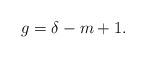
LaTeX: \begin{align*}g = \delta-m+1.\end{align*}